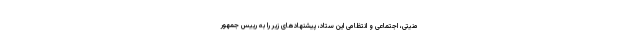
منیتی، اجتماعی و انتظامی این ستاد، پیشنهادهای زیر را به رییس جمهور